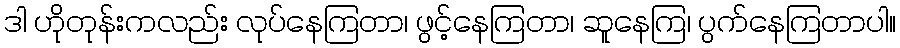
ဒါ ဟိုတုန်းကလည်း လုပ်နေကြတာ၊ ဖွင့်နေကြတာ၊ ဆူနေကြ၊ ပွက်နေကြတာပါ။